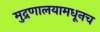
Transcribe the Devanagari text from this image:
मुद्रणालयामधूनच